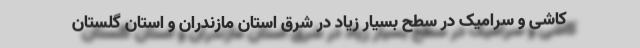
کاشی و سرامیک در سطح بسیار زیاد در شرق استان مازندران و استان گلستان